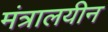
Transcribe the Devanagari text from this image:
मंत्रालयीन